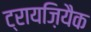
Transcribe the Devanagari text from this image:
ट्रायज़ियैक